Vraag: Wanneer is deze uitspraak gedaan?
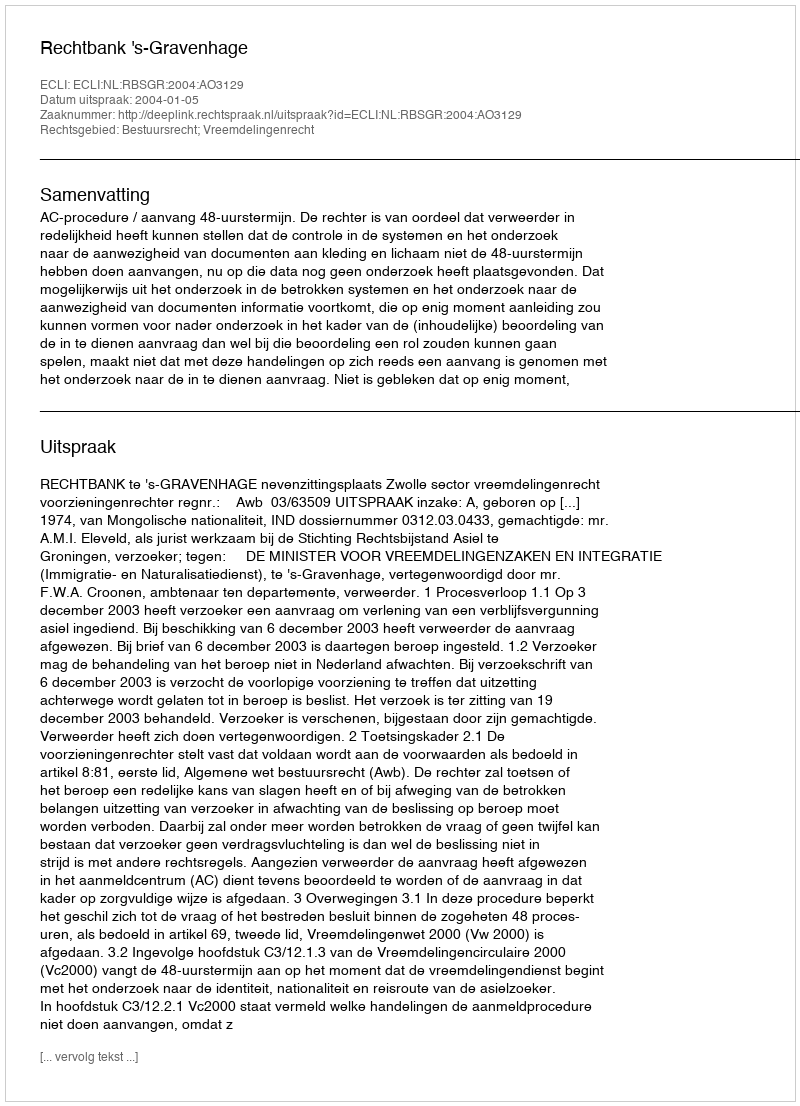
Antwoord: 2004-01-05